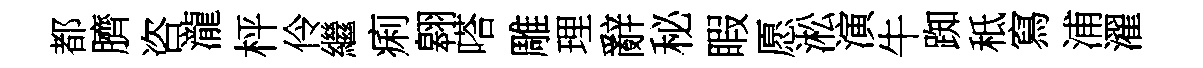
都臍咨瀧枰伶繼痢翱嗒雕理辭秘睱愿淞演牛踟秪寫浦濯